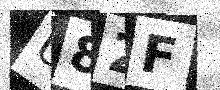
Text: U82F